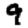
Digit: 9